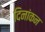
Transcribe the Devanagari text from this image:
दिनांकन